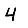
Digit: 4